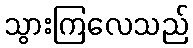
သွားကြလေသည်